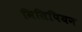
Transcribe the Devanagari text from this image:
मिसिपियन